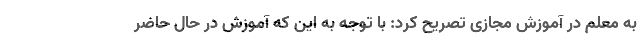
به معلم در آموزش مجازی تصریح کرد: با توجه به این که آموزش در حال حاضر